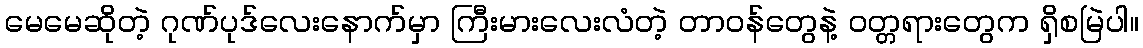
မေမေဆိုတဲ့ ဂုဏ်ပုဒ်လေးနောက်မှာ ကြီးမားလေးလံတဲ့ တာဝန်တွေနဲ့ ဝတ္တရားတွေက ရှိစမြဲပါ။